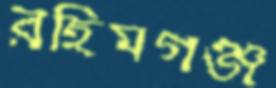
রহিমগঞ্জ